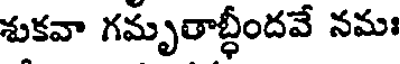
శుకవా గమృతాబ్ధీందవే నమః